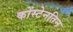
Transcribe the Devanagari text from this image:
कोंस्टेनतिन